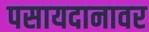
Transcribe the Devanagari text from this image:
पसायदानावर